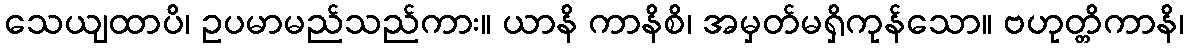
သေယျထာပိ၊ ဥပမာမည်သည်ကား။ ယာနိ ကာနိစိ၊ အမှတ်မရှိကုန်သော။ ဗဟုတ္တိကာနိ၊